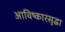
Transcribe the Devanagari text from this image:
आविष्कारसुद्धा